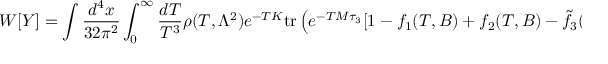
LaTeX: W [ Y ] = \int \frac { d ^ { 4 } x } { 3 2 \pi ^ { 2 } } \int _ { 0 } ^ { \infty } \frac { d T } { T ^ { 3 } } \rho ( T , \Lambda ^ { 2 } ) e ^ { - T K } \mathrm { t r } \left( e ^ { - T M \tau _ { 3 } } [ 1 - f _ { 1 } ( T , B ) + f _ { 2 } ( T , B ) - \tilde { f } _ { 3 } ( T , B ) + \ldots ] \right) ,